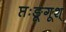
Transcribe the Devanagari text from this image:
प्तःङूगूश्